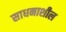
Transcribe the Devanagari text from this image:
साधनाशील